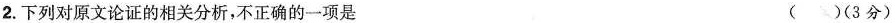
2.下列对原文论证的相关分析，不正确的一项是 ()(3分)